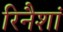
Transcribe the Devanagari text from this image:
रिनैशां